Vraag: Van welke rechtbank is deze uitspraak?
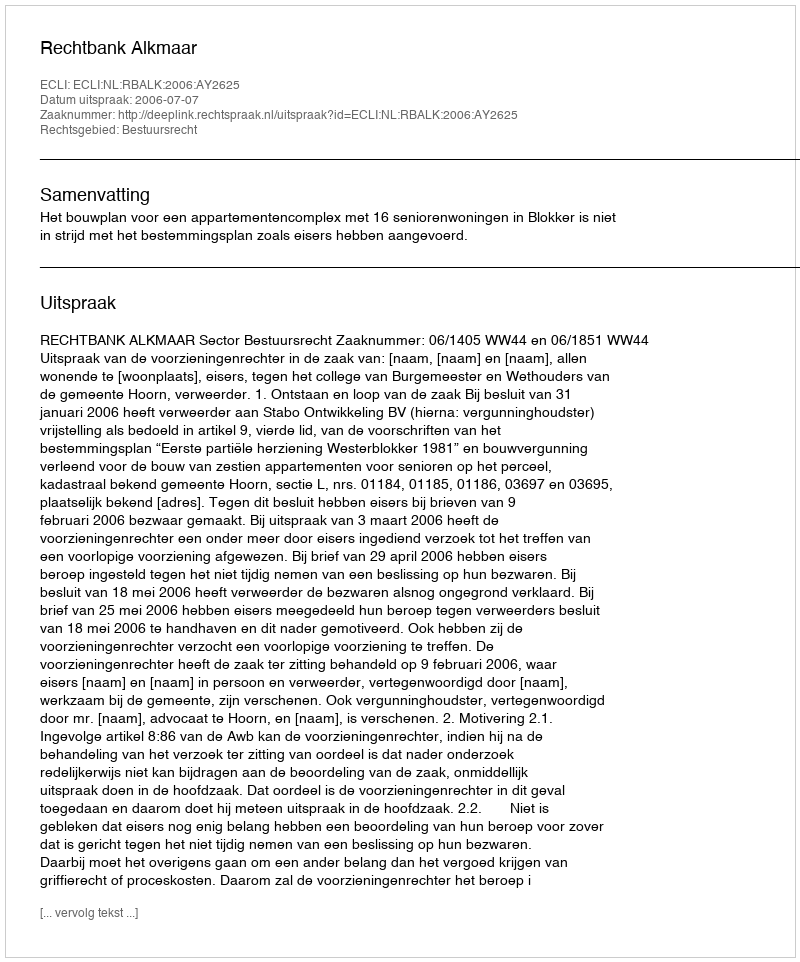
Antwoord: Rechtbank Alkmaar